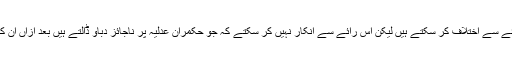
مسلم لیگ (ن) کے حامی مصنف کی رائے سے اختلاف کر سکتے ہیں لیکن اس رائے سے انکار نہیں کر سکتے کہ جو حکمران عدلیہ پر ناجائز دباؤ ڈالتے ہیں بعد ازاں ان کے خلاف عدلیہ کو استعمال کیا جاتا ہے۔